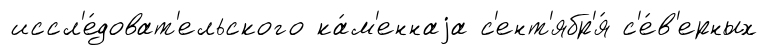
иссл'е́доват'ельского ка́м'еннаjа с'ент'ябр'я́ с'е́в'ерных